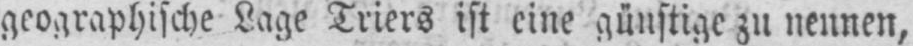
geographische Lage Triers ist eine günstige zu nennen,